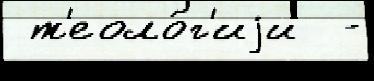
 т'еоло́г'иjи  -